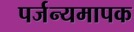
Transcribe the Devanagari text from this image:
पर्जन्यमापक